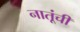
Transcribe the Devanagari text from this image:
नातूंची